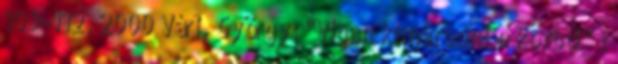
109-112. 2000 Vári, György: "Vígan kimaradni e korból" :